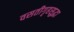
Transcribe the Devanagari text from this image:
वसतीगृहसुद्धा